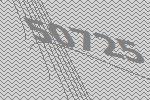
50725